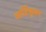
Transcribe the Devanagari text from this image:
आर्टिकुलर